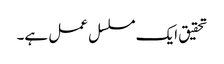
تحقیق ایک مسلسل عمل ہے۔